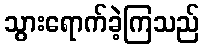
သွားရောက်ခဲ့ကြသည်